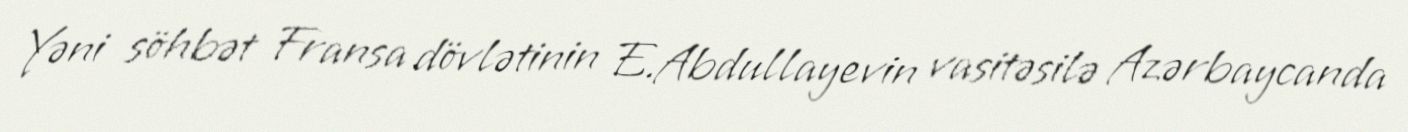
Yəni söhbət Fransa dövlətinin E.Abdullayevin vasitəsilə Azərbaycanda